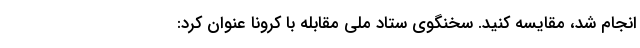
انجام شد، مقایسه کنید. سخنگوی ستاد ملی مقابله با کرونا عنوان کرد: